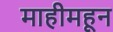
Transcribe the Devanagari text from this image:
माहीमहून